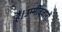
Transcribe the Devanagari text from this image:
हैं।उम्मीदवारों